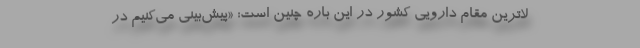
لاترین مقام دارویی کشور در این باره چنین است: «پیش‌بینی می‌کنیم در